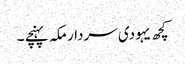
کچھ یہودی سردار مکہ پہنچے ۔